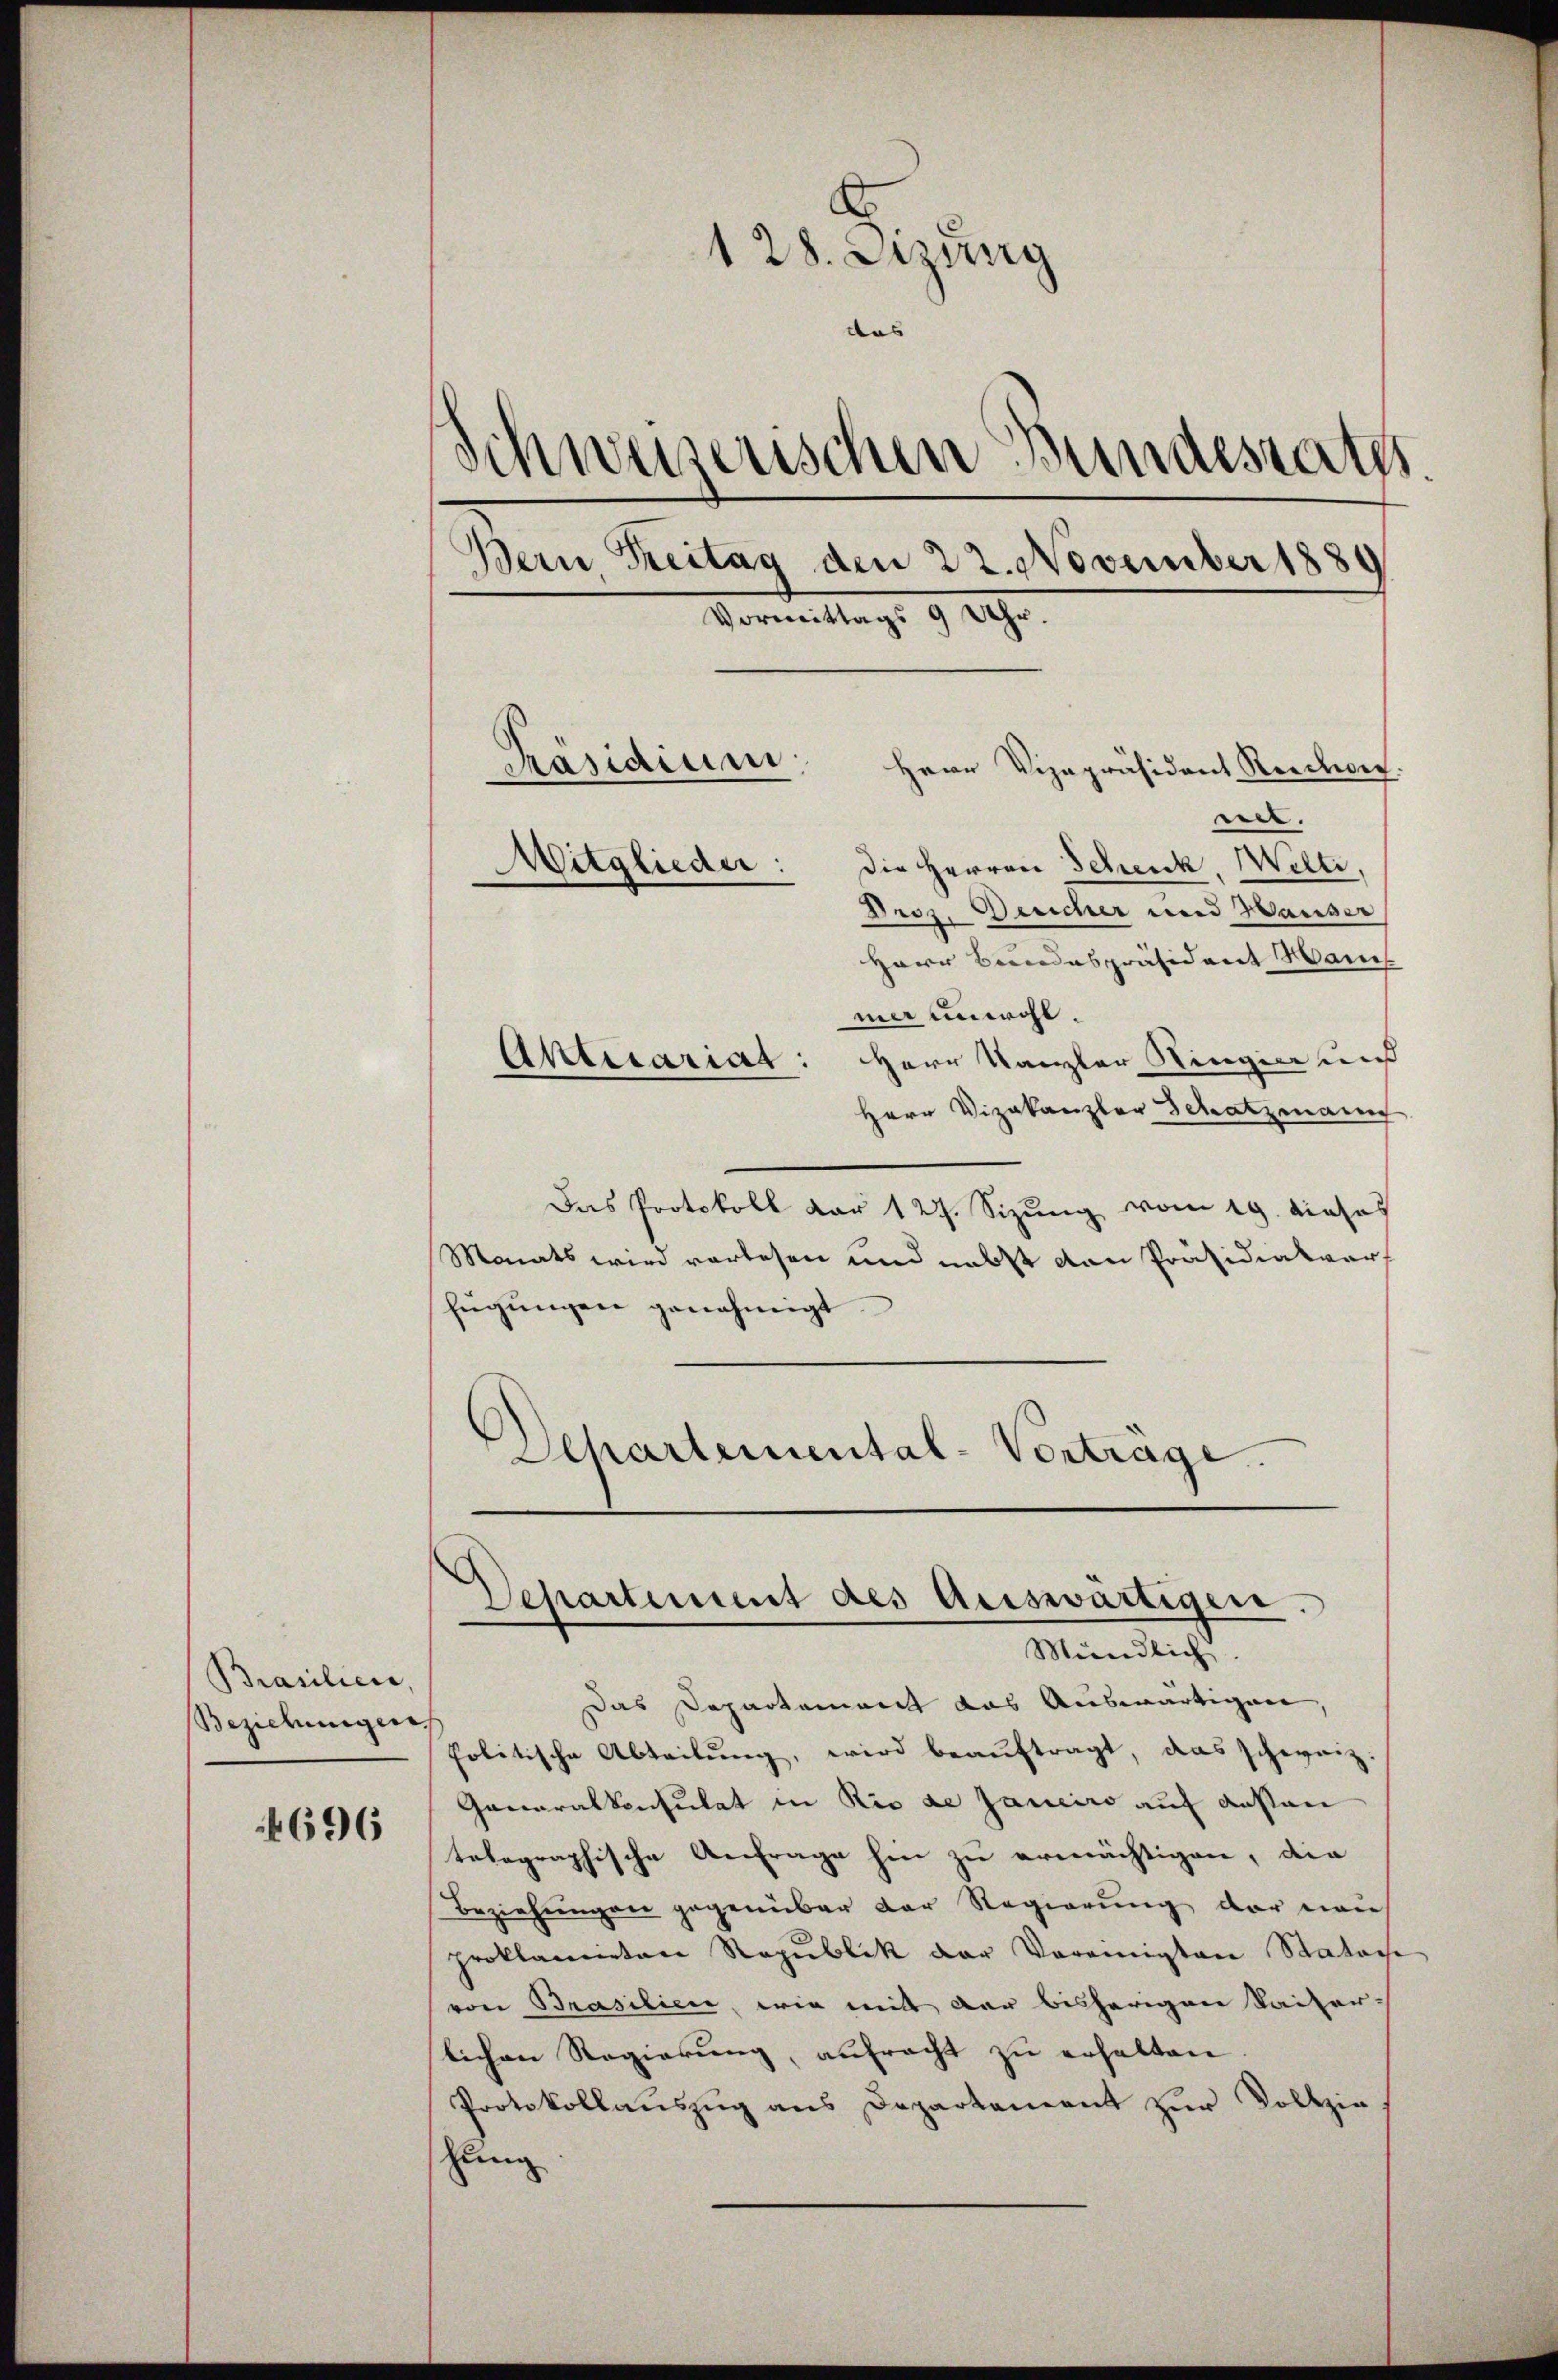
Brasilien
Beziehungen.

696

128. Dizung
das
Schweizerischen Bundesrath.
Bern Treitag den 22. November 1889
Vormittags 9 20.

Herr Bundespräsident Manch
mer unwohl.
Aktecariat: Herr Kanzler Ringier und
Herr Vizekanzler Schatzmann
Das Protokoll vor 127. Sizung vom 19. Jahrs
Monats wird vorlesen und nebst von Präsidialver
fügungen genehmigt
Dehartemental-Vorträge.

Präsidium.
Herr Vizepräsident Reichert.
ner.
Witglieder: die Herren Schenk Welti,
Droz. Bericher und Waiser

Das Departement das Auswärtigen,
Politische Abteilung, wird beauftragt, das schweiz.
Generalkonsulat in Rio de Janeiro auf ausen
telegraphische Anfrage hin zu ermächtigen, die
Beziehungen gegenüber der Regierung der neu
proklamieten Republik der Vereinigten Statoche
von Brasilien, wie mit der bisherigen Kaiser-
slichen Regierung, aufracht zu erhalten
Protokollauszug aus Departement zur Vollzie
hung

Departement des Ariswärtigen.
Mündlich.